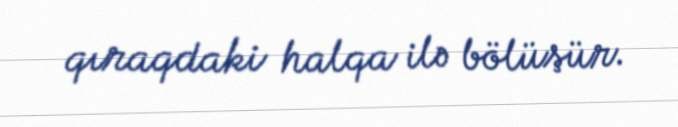
qıraqdaki halqa ilə bölüşür.